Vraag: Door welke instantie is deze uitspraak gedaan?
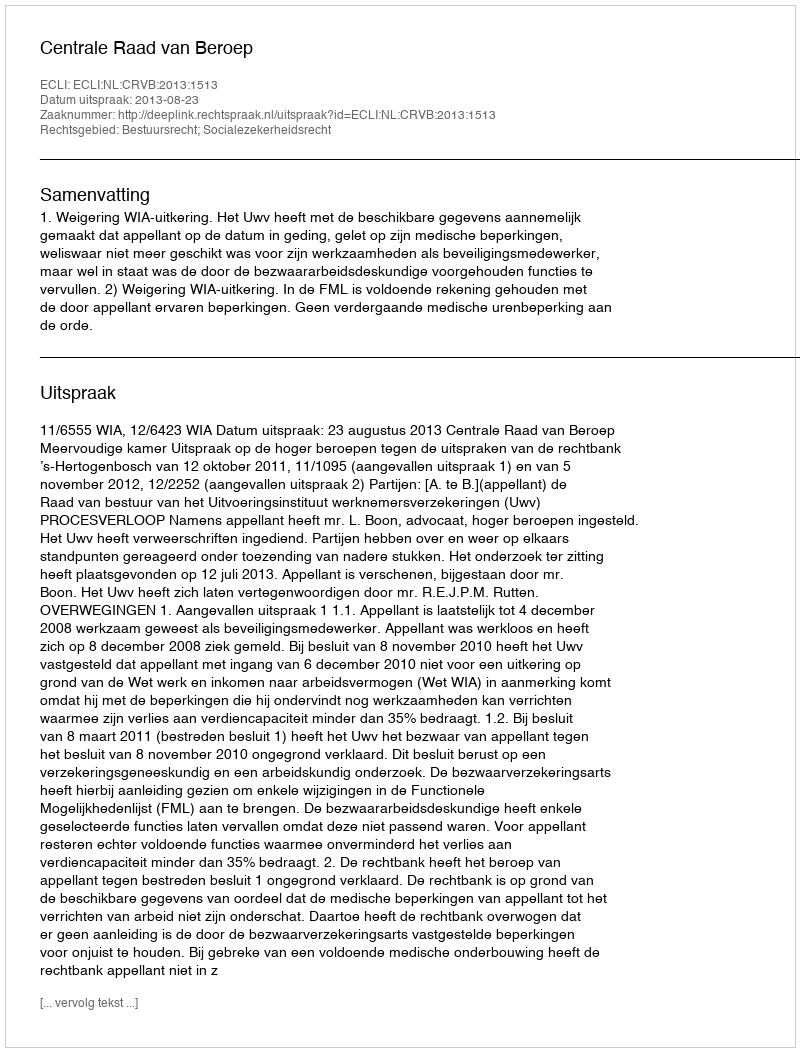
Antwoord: Centrale Raad van Beroep